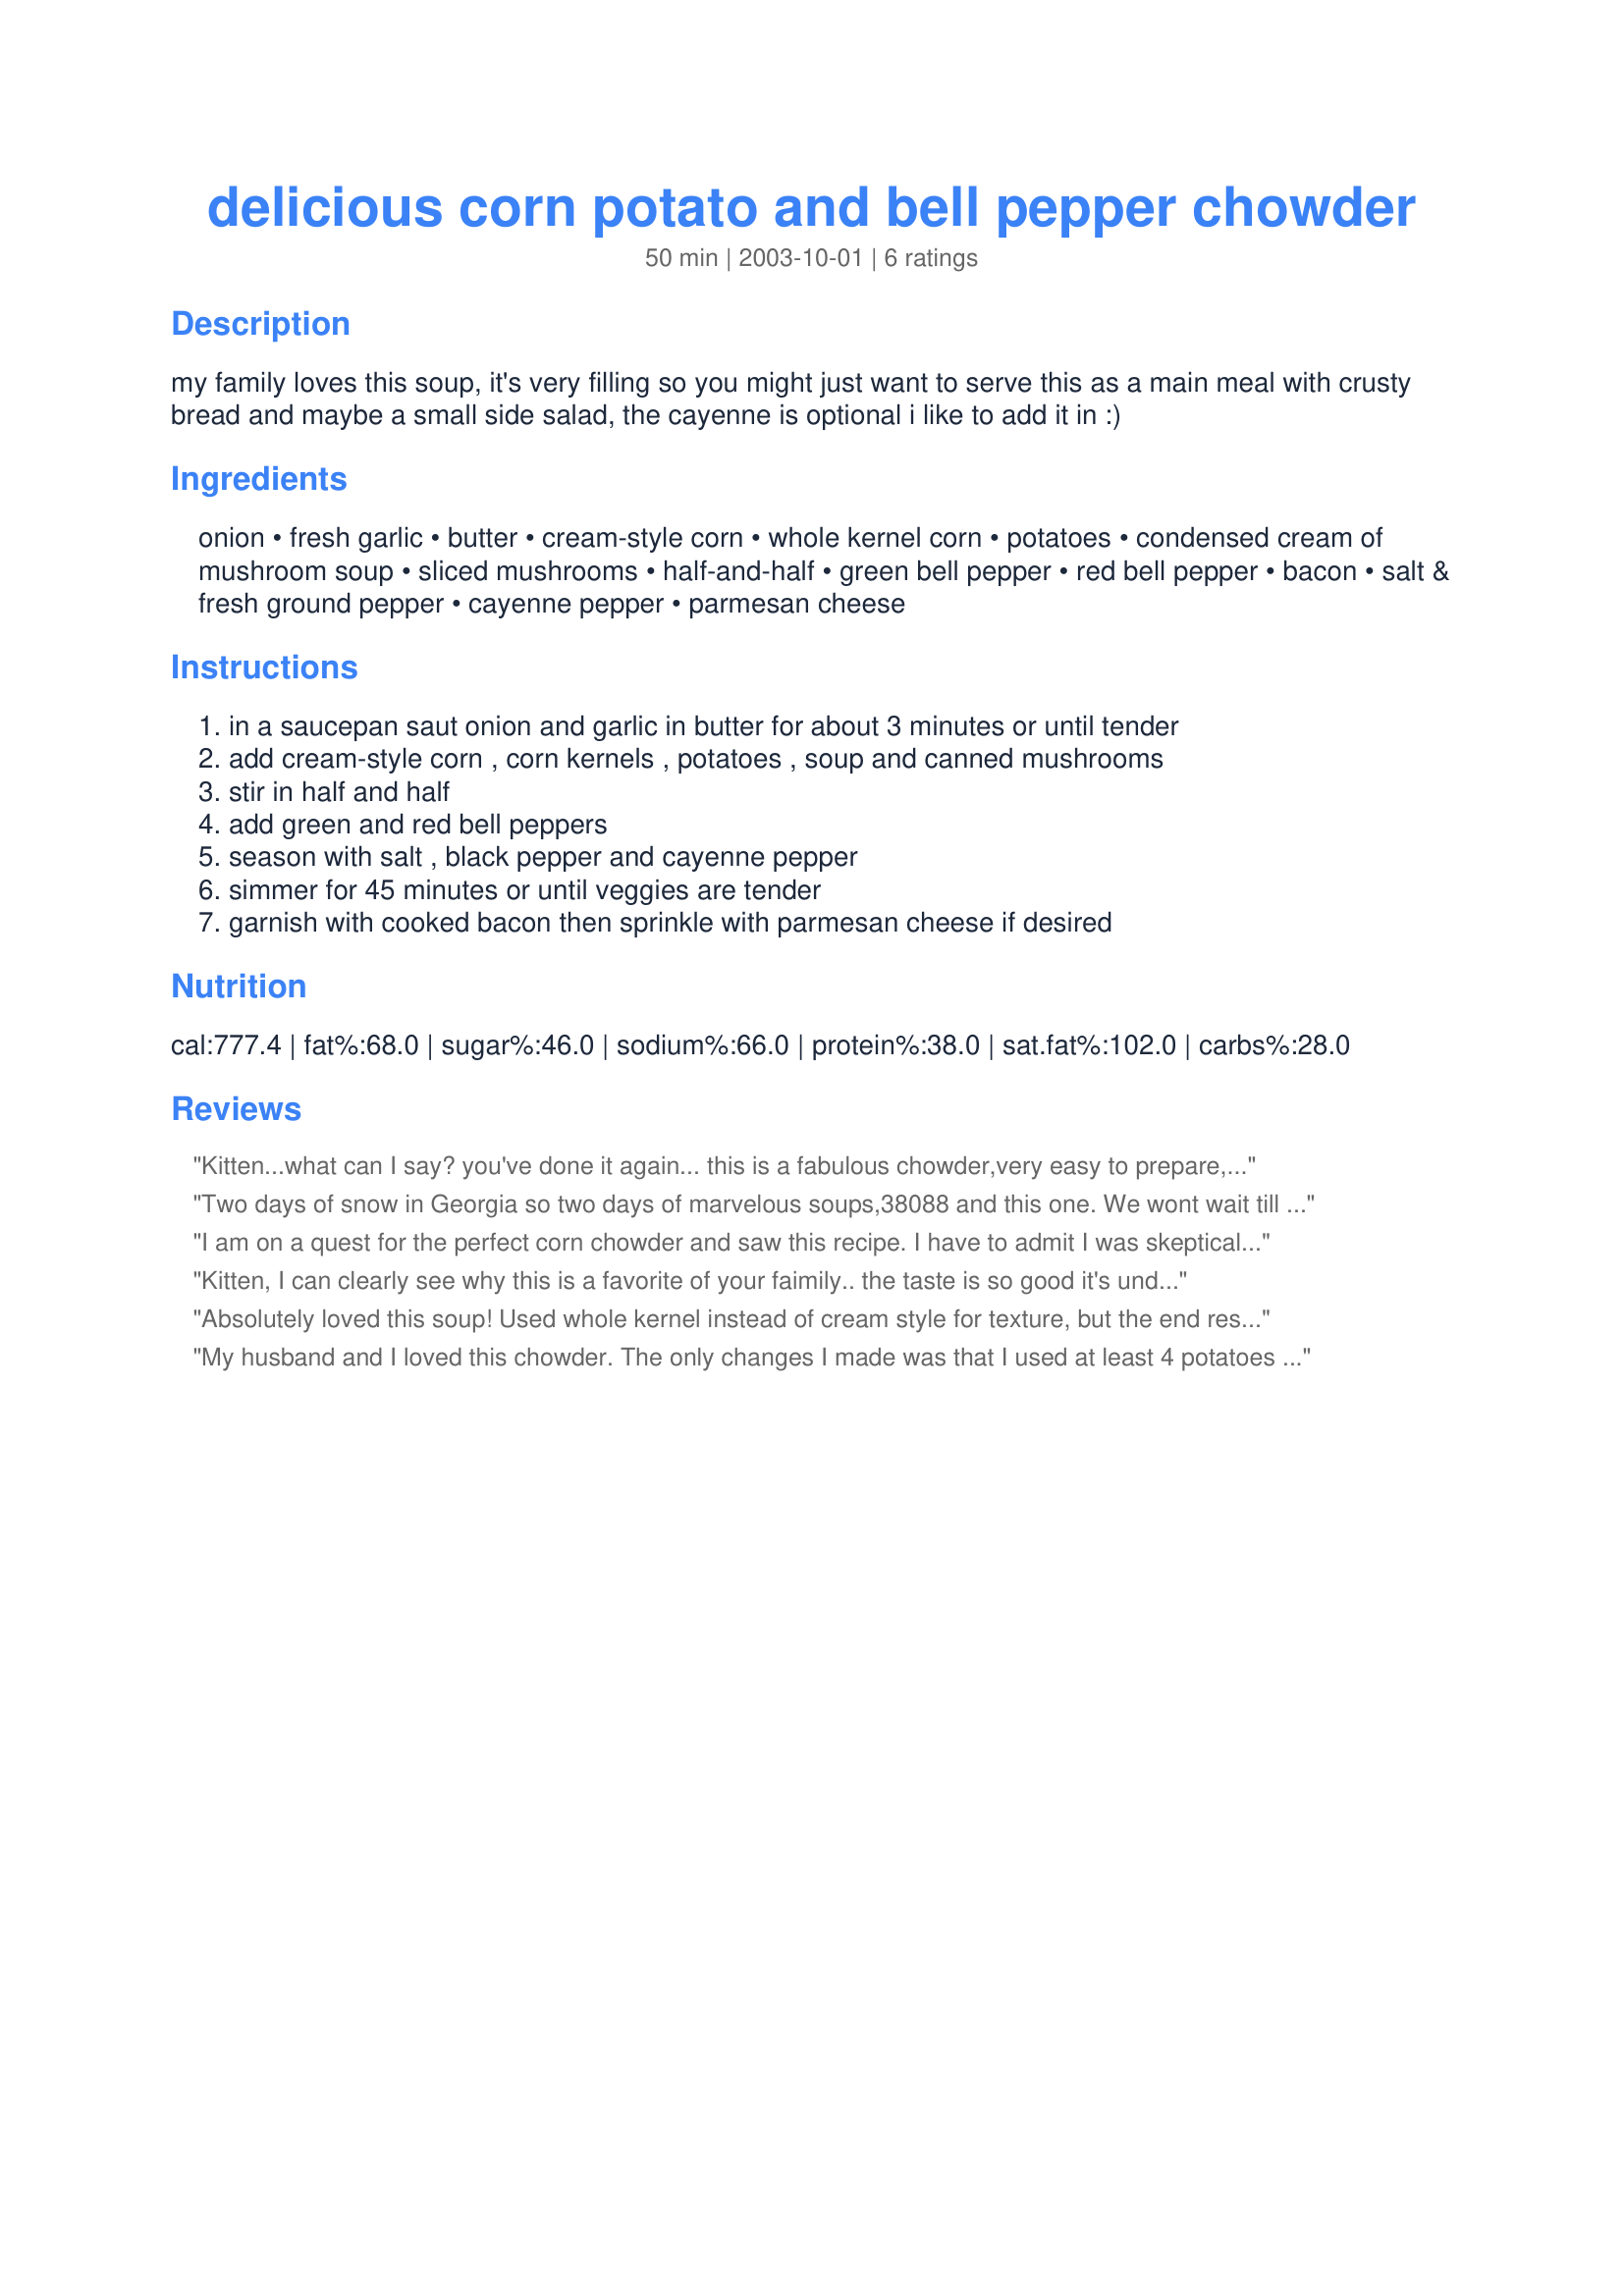
delicious corn potato and bell pepper chowder
Preparation time: 50 minutes

my family loves this soup, it's very filling so you might just want to serve this as a main meal with crusty bread and maybe a small side salad, the cayenne is optional i like to add it in :)

Ingredients:
onion, fresh garlic, butter, cream-style corn, whole kernel corn, potatoes, condensed cream of mushroom soup, sliced mushrooms, half-and-half, green bell pepper, red bell pepper, bacon, salt & fresh ground pepper, cayenne pepper, parmesan cheese

Steps:
in a saucepan saut onion and garlic in butter for about 3 minutes or until tender
add cream-style corn , corn kernels , potatoes , soup and canned mushrooms
stir in half and half
add green and red bell peppers
season with salt , black pepper and cayenne pepper
simmer for 45 minutes or until veggies are tender
garnish with cooked bacon then sprinkle with parmesan cheese if desired

Reviews:
Kitten...what can I say? you've done it again... this is a fabulous chowder,very easy to prepare, has great consistency. Dh had two bowls.. thats bowls not cups. 

You are truly a 5 star chef.. thanks so much for the recipe.
Two days of snow in Georgia so two days of marvelous soups,38088 and this one. We wont wait till another snow for this one. Chowder and crusty French bread..I think I'm back in Colorado.
I am on a quest for the perfect corn chowder and saw this recipe. I have to admit I was skeptical when I saw the cream of soup listed, but decided to make it anyway, because it's one of Kitten's recipes and hers usually get such great reviews. I did leave out the peppers, as we don't care for them, and left out the cayenne and garlic, just because I didn't think I would like it in this particular recipe. I did like the amount of bacon, but there weren't nearly enough potatoes for us. It was kind of a disappointment for us. I guess I will keep looking. Thanks for sharing!
Kitten, I can clearly see why this is a favorite of your faimily.. the taste is so good it's undiscribeable.. made exactly per your recipe.. I don't know who likes it more dh or me.. made for dinner tonite at 9:30 this morning and yes I eat some then also.. don't know why I hadn't seen this recipe before now. It will be made often.
Absolutely loved this soup! Used whole kernel instead of cream style for texture, but the end result was delicious! Also used the pepper mix, red green, yellow slices insted of the fresh ones but what the heck! This is a good thick soup and I will serve it in bread bowls next time I make it!!
My husband and I loved this chowder. The only changes I made was that I used at least 4 potatoes and left out the bell pepper. It was wonderful! Oh, and I also added a little bit of bacon grease for flavor along with some cracked pepper. Overall, it deserves a 5 star rating! Thanks so much!
